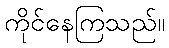
ကိုင်နေကြသည်။